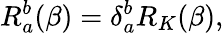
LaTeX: R_{a}^{b}(\beta)=\delta_{a}^{b}R_{K}(\beta),